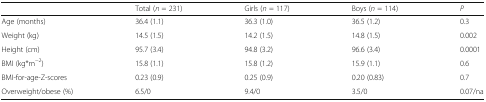
<table><thead><tr><td></td><td><b>Total (<i>n</i> = 231)</b></td><td><b>Girls (<i>n</i> = 117)</b></td><td><b>Boys (<i>n</i> = 114)</b></td><td><b><i>P</i></b></td></tr></thead><tbody><tr><td>Age (months)</td><td>36.4 (1.1)</td><td>36.3 (1.0)</td><td>36.5 (1.2)</td><td>0.3</td></tr><tr><td>Weight (kg)</td><td>14.5 (1.5)</td><td>14.2 (1.5)</td><td>14.8 (1.5)</td><td>0.002</td></tr><tr><td>Height (cm)</td><td>95.7 (3.4)</td><td>94.8 (3.2)</td><td>96.6 (3.4)</td><td>0.0001</td></tr><tr><td>BMI (kg*m<sup>−2</sup>)</td><td>15.8 (1.1)</td><td>15.8 (1.2)</td><td>15.9 (1.1)</td><td>0.6</td></tr><tr><td>BMI-for-age-Z-scores</td><td>0.23 (0.9)</td><td>0.25 (0.9)</td><td>0.20 (0.83)</td><td>0.7</td></tr><tr><td>Overweight/obese (%)</td><td>6.5/0</td><td>9.4/0</td><td>3.5/0</td><td>0.07/na</td></tr></tbody></table>